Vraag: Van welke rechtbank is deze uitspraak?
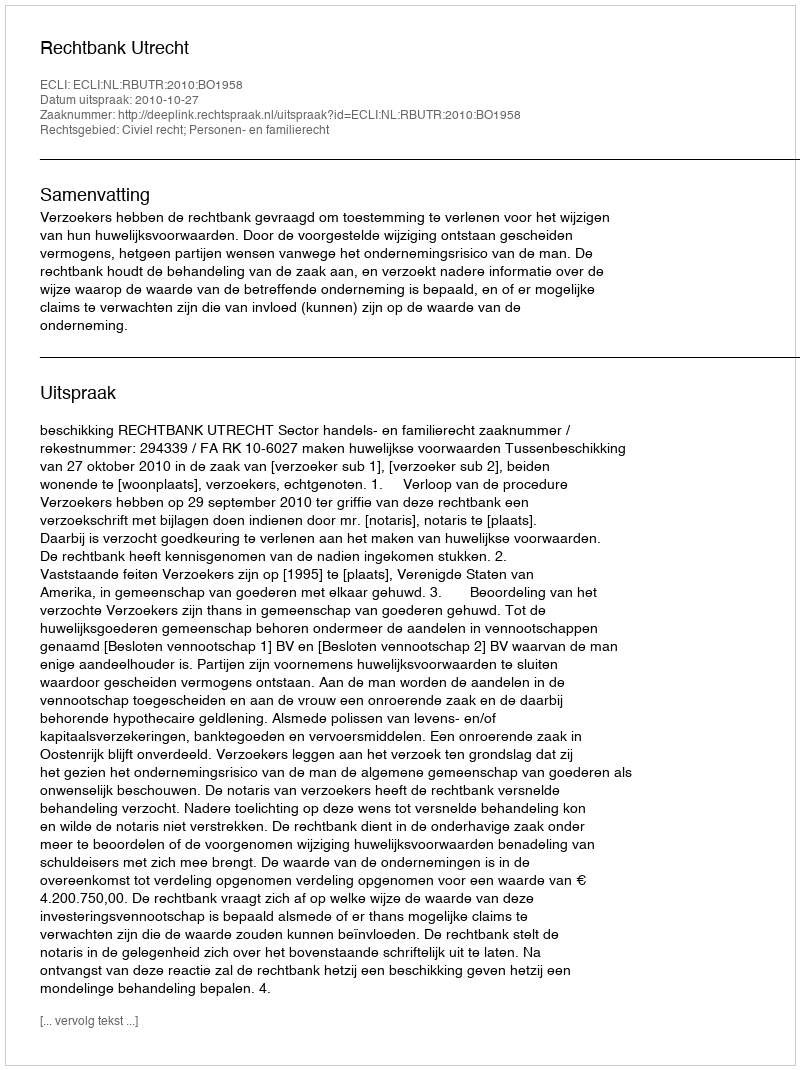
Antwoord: Rechtbank Utrecht